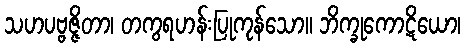
သဟပဗ္ဗဇ္ဇိတာ၊ တကွရဟန်းပြုကုန်သော။ ဘိက္ခုကောဋိယော၊